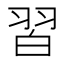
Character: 習